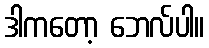
ဒါကတော့ ဘေလ်ပါ။